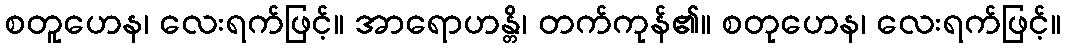
စတူဟေန၊ လေးရက်ဖြင့်။ အာရောဟန္တိ၊ တက်ကုန်၏။ စတုဟေန၊ လေးရက်ဖြင့်။